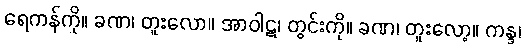
ရေကန်ကို။ ခဏ၊ တူးလော။ အာဝါဋ၊ တွင်းကို။ ခဏ၊ တူးလော့။ ကန္ဒ၊